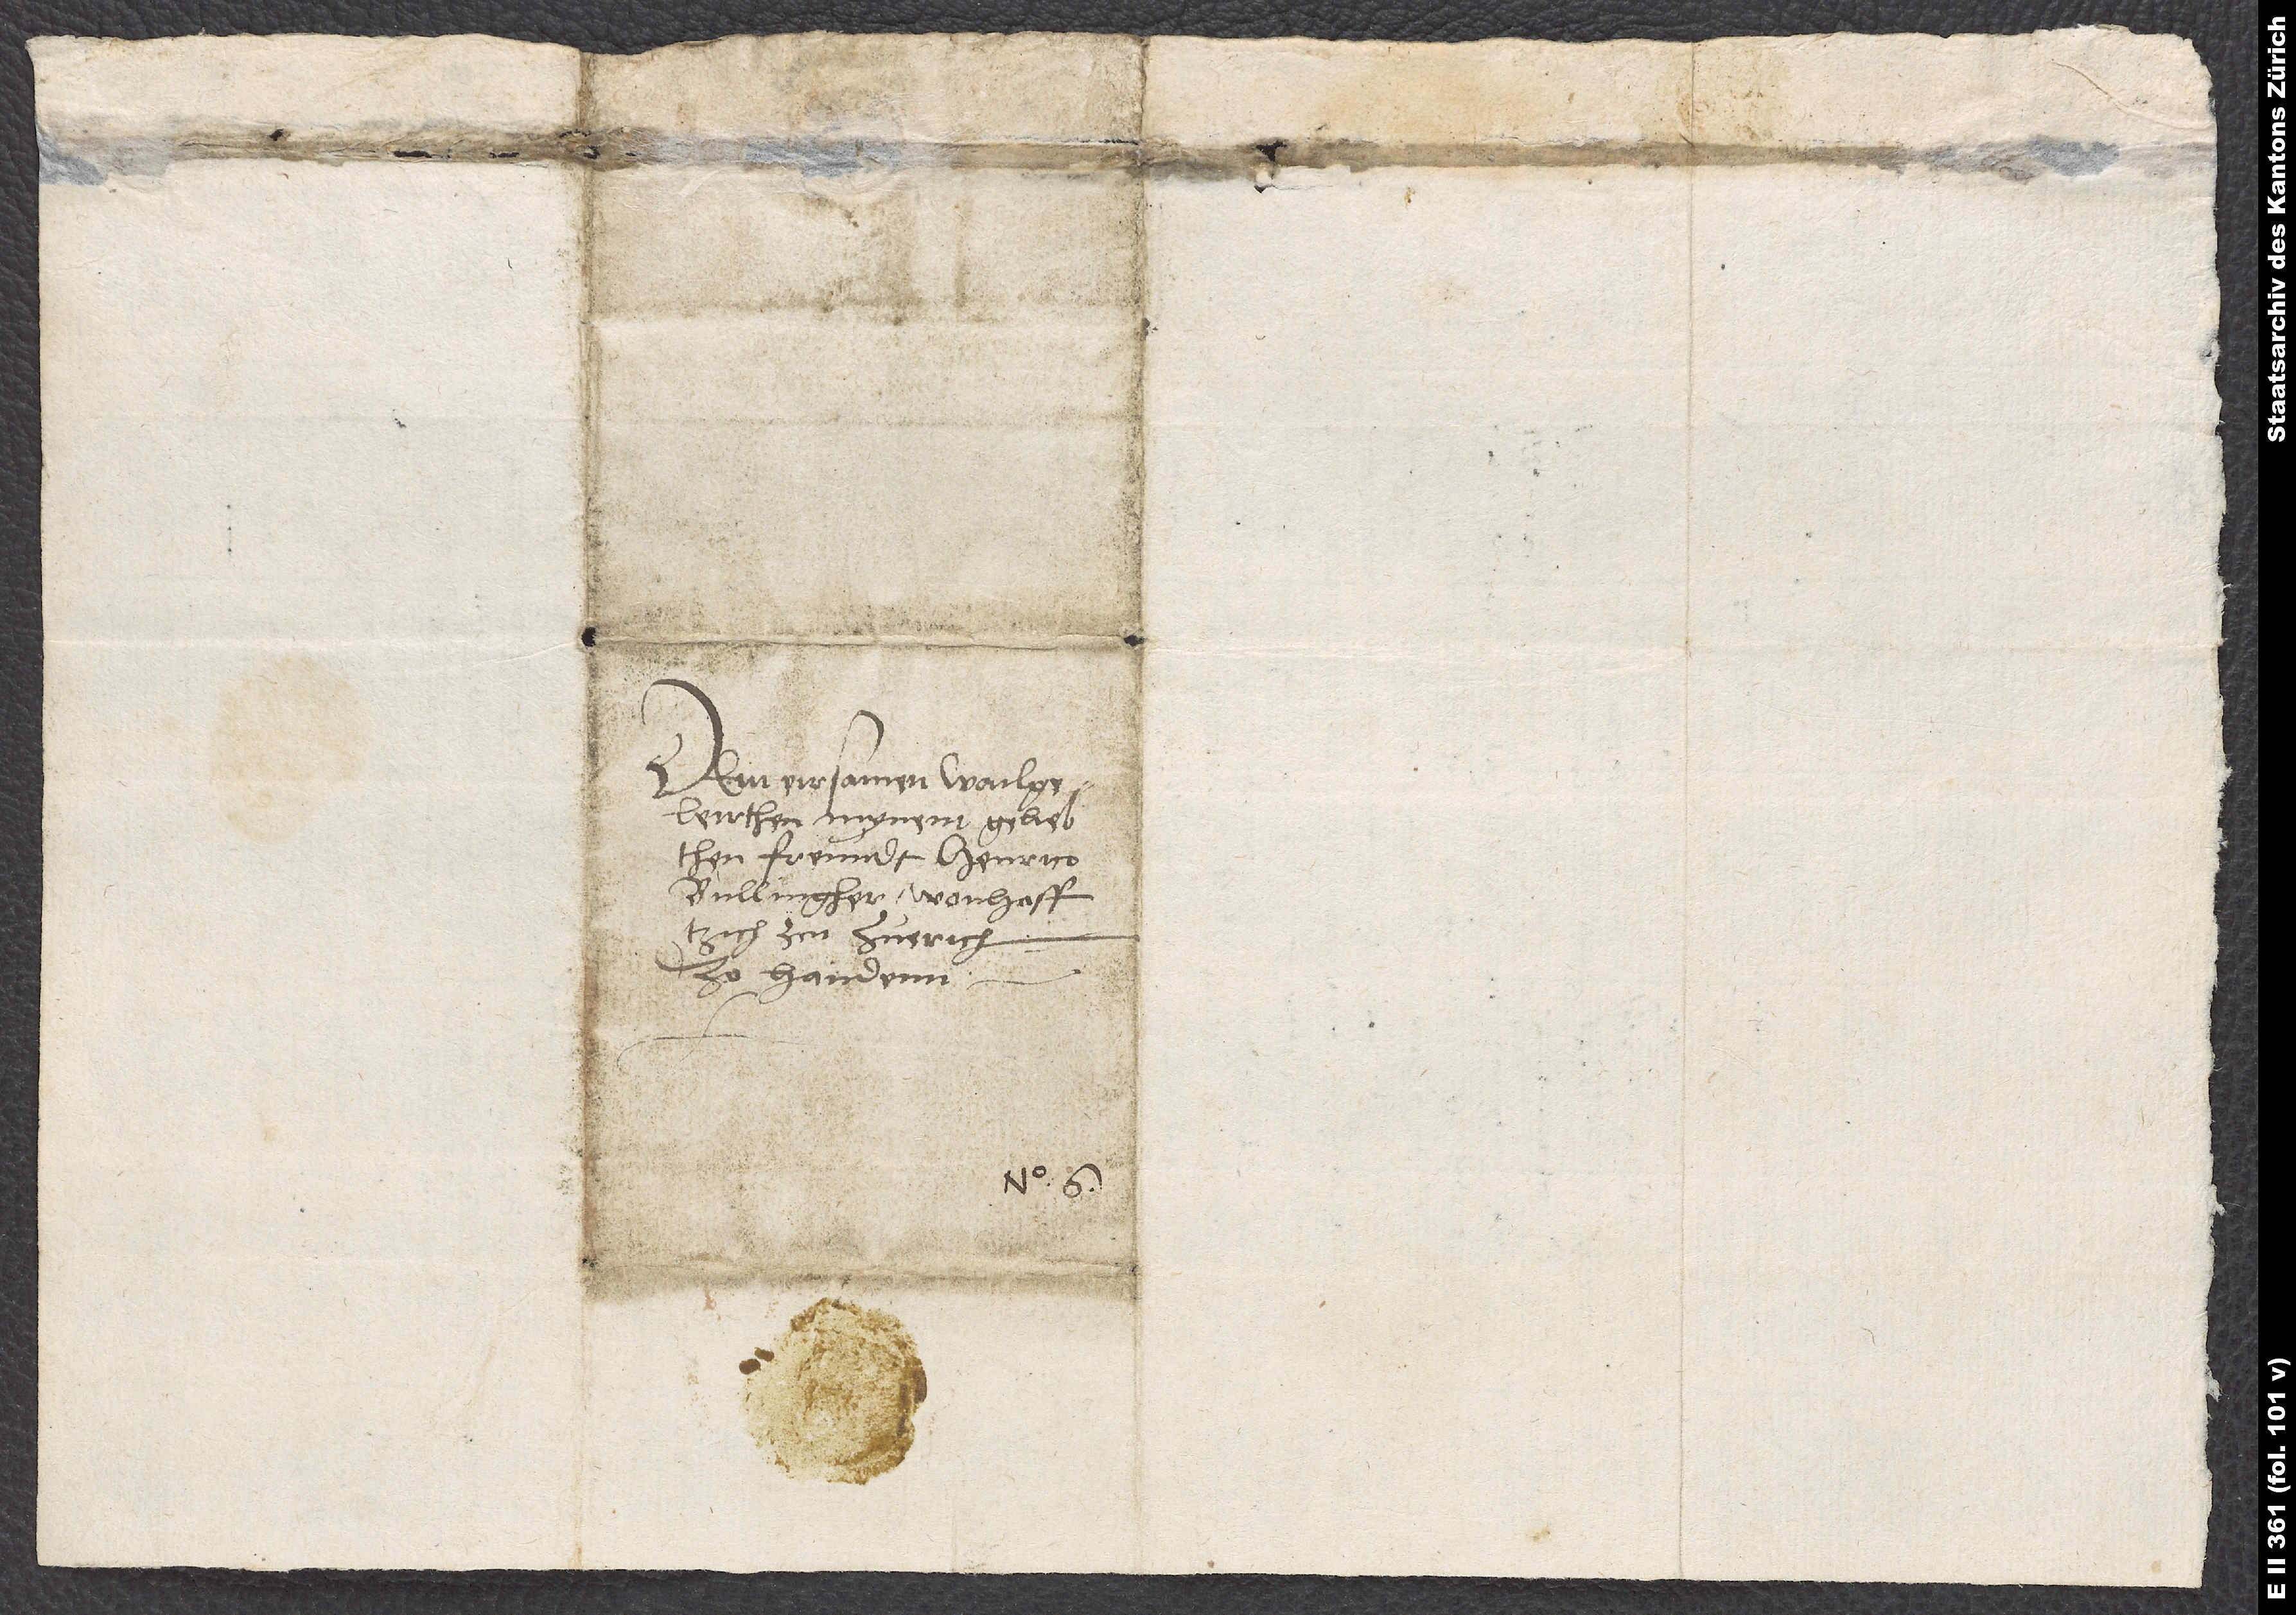
Dem eirsamen, wailgeleirthen
freundt Henrico
zu Zuerich,
zo handenn.